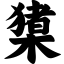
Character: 橥